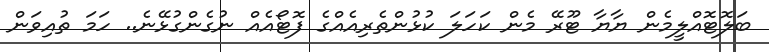
ބަލޮޓޮއްލީމެން ޔާޔާ ޓޫރޭ މެން ކަހަލަ ކުޅުންތެރިއެއްގެ ފޮޓޯއެއް ނުގެންގުޅޭނެ.. ހަމަ ތުއިވަން